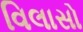
વિલાસો